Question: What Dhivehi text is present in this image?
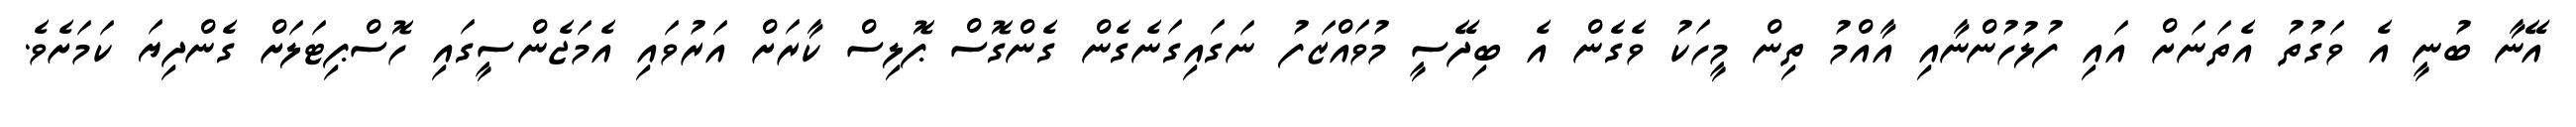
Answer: އޭނާ ބުނީ އެ ވަގުތު އެތަނަށް އައި ފުލުހުންނާއި އާއްމު ތިން މީހަކު ވެގެން އެ ބިދޭސީ މުވައްޒަފު ނަގައިގަނެގެން ގެންގޮސް ޕޮލިސް ކާރަށް އަރުވައި އެމަޖެންސީގައި ހޮސްޕިޓަލަށް ގެންދިޔަ ކަމަށެވެ.